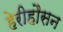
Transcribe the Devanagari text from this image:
हेरीहौसन